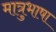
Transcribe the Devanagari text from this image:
मात्रुभाषा